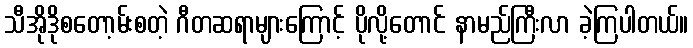
သီအိုဒိုစတော့မ်းစတဲ့ ဂီတဆရာများကြောင့် ပိုလို့တောင် နာမည်ကြီးလာ ခဲ့ကြပါတယ်။